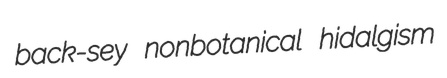
back-sey nonbotanical hidalgism